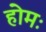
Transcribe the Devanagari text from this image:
होमः